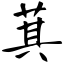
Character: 萁